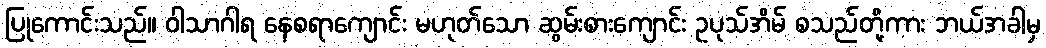
ပြုကောင်းသည်။ ဝါသာဂါရ နေစရာကျောင်း မဟုတ်သော ဆွမ်းစားကျောင်း ဥပုသ်အိမ် စသည်တို့ကား ဘယ်အခါမှ